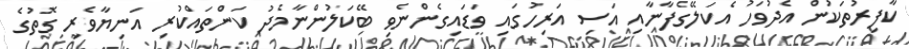
ކާފިރުތަކުން އެދުވަހު އެކަލޭގެފާނާއި އަސި އަރިހުގައި ވަޑައިގެންނެވި ބޭކަލުންނާމެދު ކަންތައްކުރި އަނިޔާވެރި ގޮތުގެ